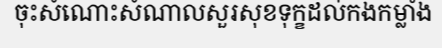
ចុះសំណោះសំណាលសួរសុខទុក្ខដល់កងកម្លាំង